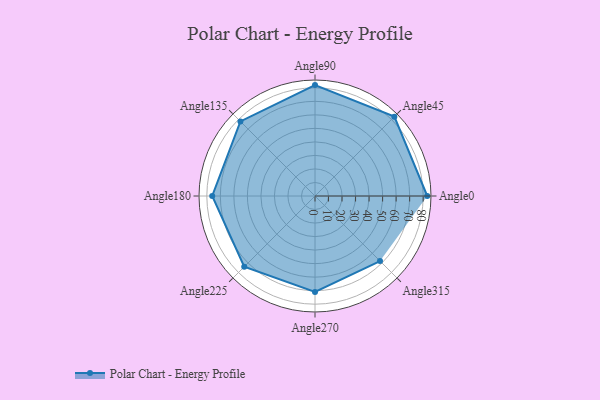
{"axis": {"x": "Angle", "y": "Radius"}, "legend": [""], "data": [{"x": "Angle0", "y": 83.0, "type": ""}, {"x": "Angle45", "y": 83.0, "type": ""}, {"x": "Angle90", "y": 82.0, "type": ""}, {"x": "Angle135", "y": 78.0, "type": ""}, {"x": "Angle180", "y": 76.0, "type": ""}, {"x": "Angle225", "y": 74.0, "type": ""}, {"x": "Angle270", "y": 71.0, "type": ""}, {"x": "Angle315", "y": 68.0, "type": ""}]}